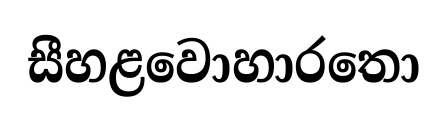
සීහළවොහාරතො